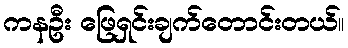
ကနဦး ဖြေရှင်းချက်တောင်းတယ်။